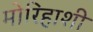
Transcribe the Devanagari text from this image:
मोरिहाशी